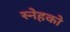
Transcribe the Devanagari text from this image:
स्नेहको